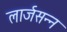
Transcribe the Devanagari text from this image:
लार्जसन्न